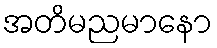
အတိမညမာနော